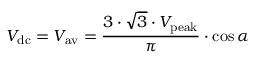
V _ { \mathrm { d c } } = V _ { \mathrm { a v } } = { \frac { 3 \cdot { \sqrt { 3 } } \cdot V _ { \mathrm { p e a k } } } { \pi } } \cdot \cos \alpha